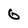
Character: 6